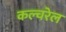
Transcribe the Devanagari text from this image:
कल्चरेल